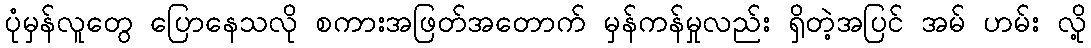
ပုံမှန်လူတွေ ပြောနေသလို စကားအဖြတ်အတောက် မှန်ကန်မှုလည်း ရှိတဲ့အပြင် အမ် ဟမ်း လို့